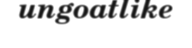
ungoatlike